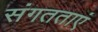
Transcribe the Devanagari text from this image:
संगतताएं